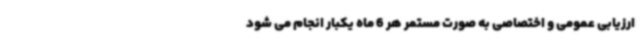
ارزیابی عمومی و اختصاصی به صورت مستمر هر 6 ماه یکبار انجام می شود